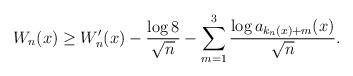
LaTeX: \begin{align*}W_n(x) \geq W_n^{\prime}(x)- \frac{\log8}{\sqrt{n}} - \sum_{m=1}^3\frac{\log a_{k_n(x)+m}(x)}{\sqrt{n}}.\end{align*}